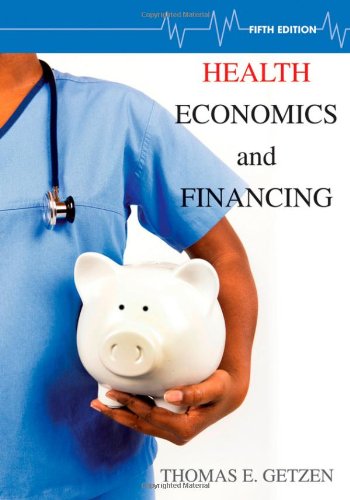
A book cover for Health Economics and Financing; Thomas E. Getzen; Medical Books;